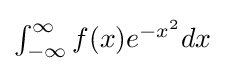
\textstyle \int _{-\infty }^{\infty }{f(x)e^{-x^{2}}dx}